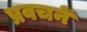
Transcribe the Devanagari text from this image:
प्रवचनें